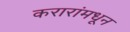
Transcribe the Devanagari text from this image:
करारांमधून